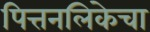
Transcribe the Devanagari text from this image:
पित्तनलिकेचा